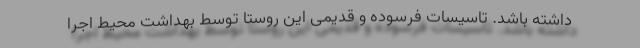
داشته باشد. تاسیسات فرسوده و قدیمی این روستا توسط بهداشت محیط اجرا